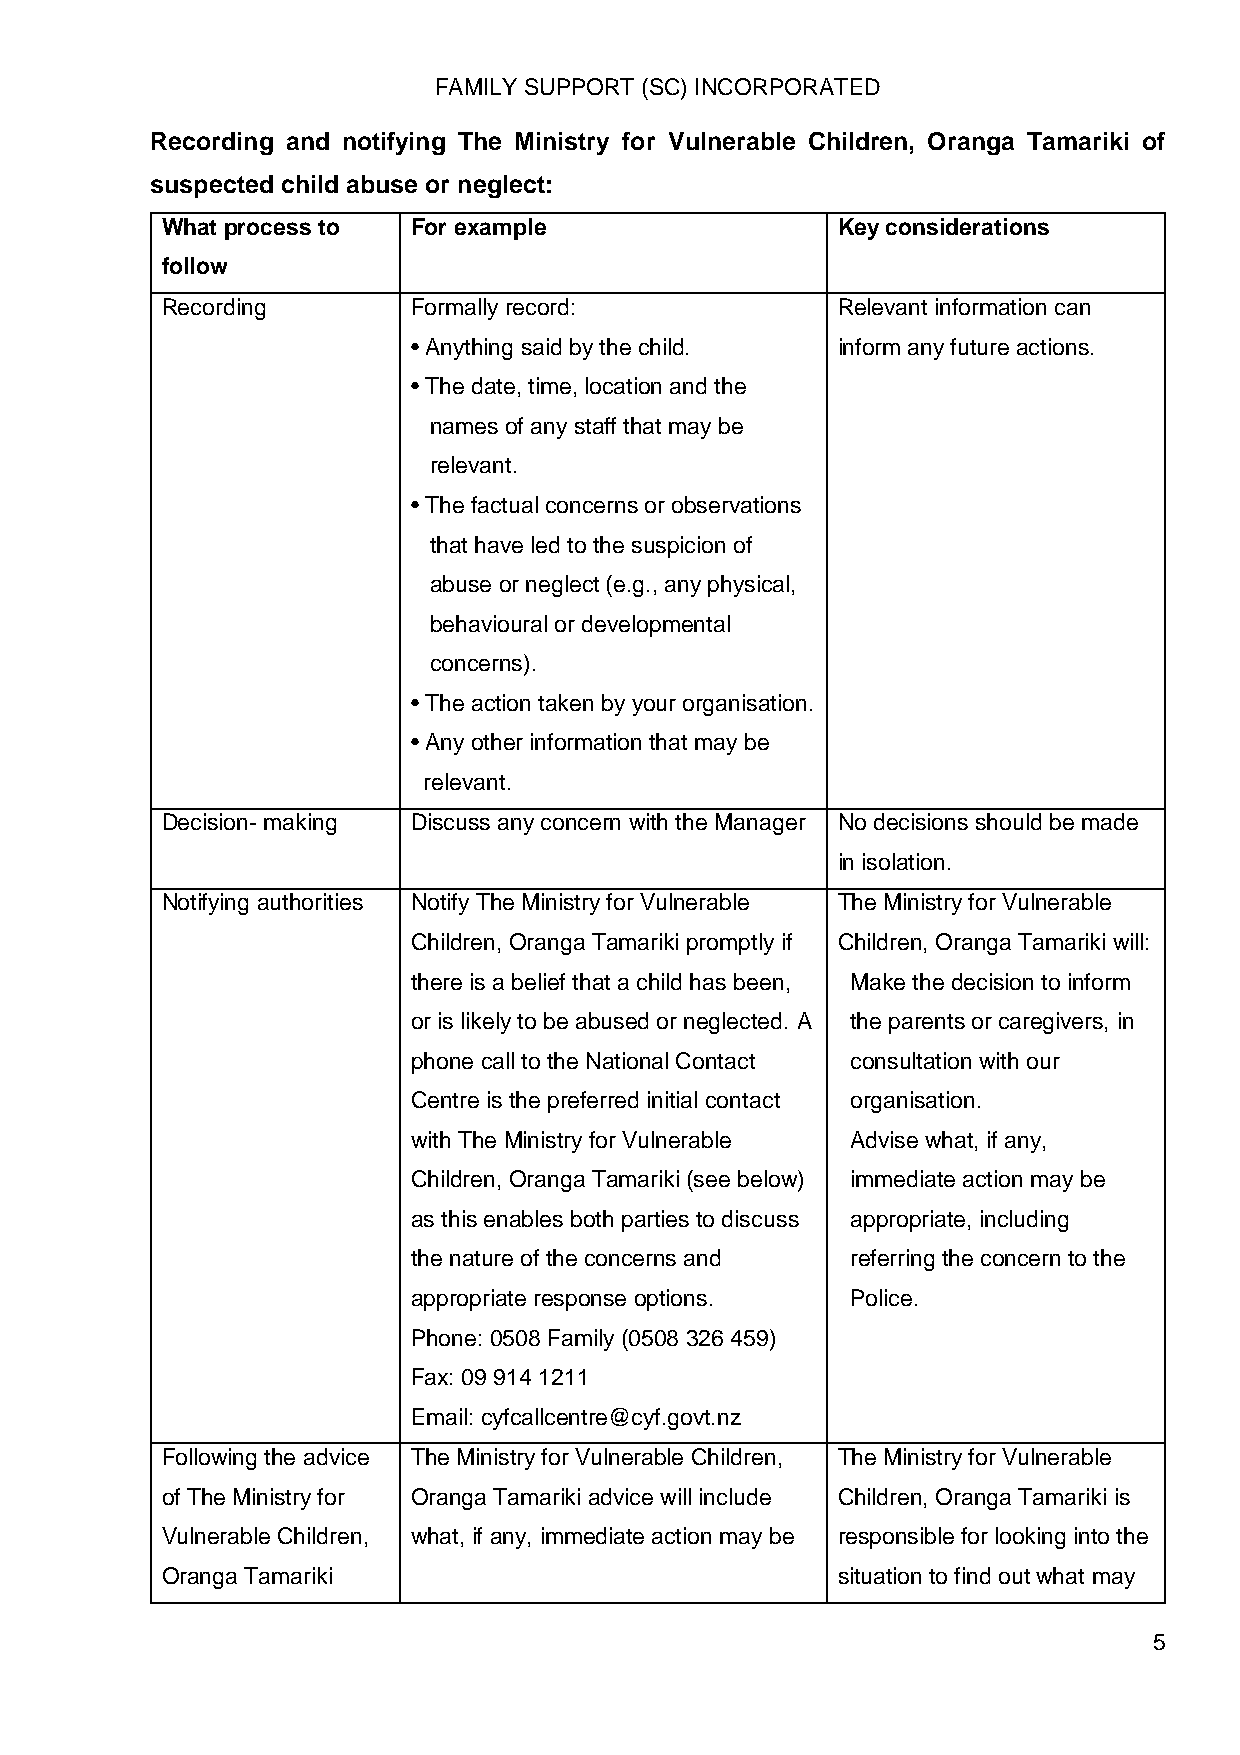
FAMILY SUPPORT (SC) INCORPORATED
 Recording and notifying The Ministry for Vulnerable Children, Oranga Tamariki of
 suspected child abuse or neglect:
 What process to For example                 Key considerations
 follow
 Recording       Formally record:            Relevant information can
 • Anything said by the child. inform any future actions.
 • The date, time, location and the
 names of any staff that may be
 relevant.
 • The factual concerns or observations
 that have led to the suspicion of
 abuse or neglect (e.g., any physical,
 behavioural or developmental
 concerns).
 • The action taken by your organisation.
 • Any other information that may be
 relevant.
 Decision- making Discuss any concern with the Manager No decisions should be made
 in isolation.
 Notifying authorities Notify The Ministry for Vulnerable The Ministry for Vulnerable
 Children, Oranga Tamariki promptly if Children, Oranga Tamariki will:
 there is a belief that a child has been, Make the decision to inform
 or is likely to be abused or neglected. A the parents or caregivers, in
 phone call to the National Contact consultation with our
 Centre is the preferred initial contact organisation.
 with The Ministry for Vulnerable Advise what, if any,
 Children, Oranga Tamariki (see below) immediate action may be
 as this enables both parties to discuss appropriate, including
 the nature of the concerns and referring the concern to the
 appropriate response options. Police.
 Phone: 0508 Family (0508 326 459)
 Fax: 09 914 1211
 Email: cyfcallcentre@cyf.govt.nz
 Following the advice The Ministry for Vulnerable Children, The Ministry for Vulnerable
 of The Ministry for Oranga Tamariki advice will include Children, Oranga Tamariki is
 Vulnerable Children, what, if any, immediate action may be responsible for looking into the
 Oranga Tamariki                             situation to find out what may
 5